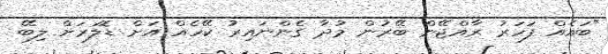
"ބައެއް ފަހަރު ރާއްޖޭން ބޭރުން މުދާ ގެންނައިރު ކޭހެއް އަށް ޑޮލަރަށް ލިބޭ